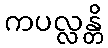
ကပလ္လန္တိ